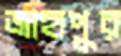
জাহাপুর